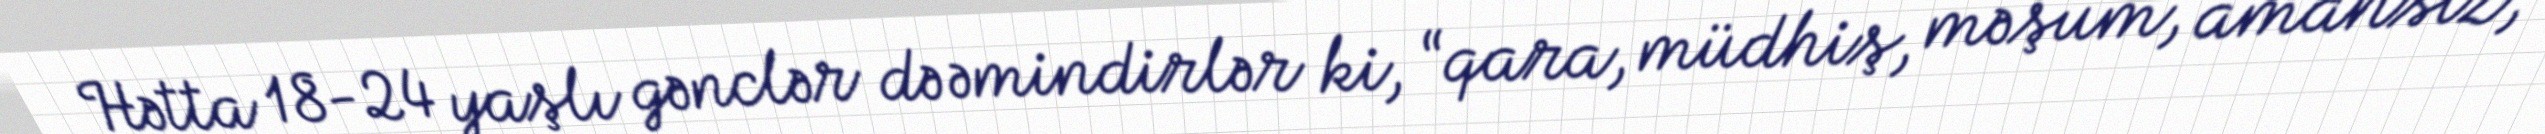
Hətta 18-24 yaşlı gənclər də əmindirlər ki, “qara, müdhiş, məşum, amansız,